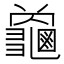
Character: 𮯜